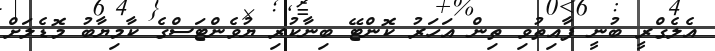
އެލެގްރީ ބުނީ ފާއިތުވި ތިން އަހަރު ކޮންޓޭ ބިނާކުރި ޔުވެންޓަސްގެ ކާމިޔާބު މޮޑެލަށް